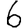
Digit: 6